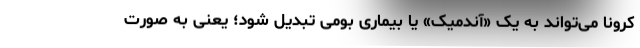
کرونا می‌تواند به یک «آندمیک» یا بیماری بومی تبدیل شود؛ یعنی به صورت